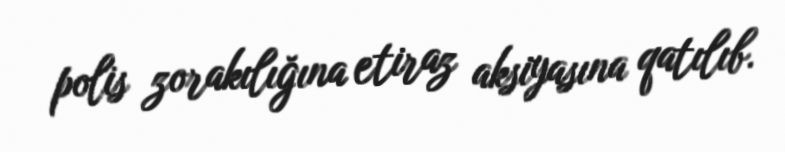
polis zorakılığına etiraz aksiyasına qatılıb.